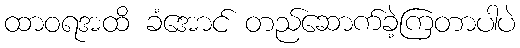
ထာဝရအထိ ခံအောင် တည်ဆောက်ခဲ့ကြတာပါပဲ